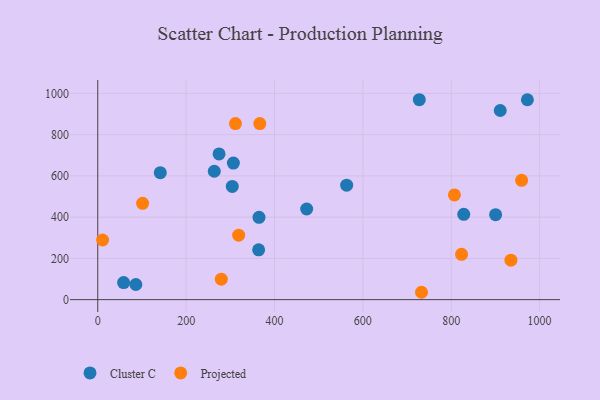
{"axis": {"x": "Price", "y": "Yield"}, "legend": ["Cluster C", "Projected"], "data": [{"x": "910.9", "y": 916.9, "type": "Cluster C"}, {"x": "263.7", "y": 622.4, "type": "Cluster C"}, {"x": "304.4", "y": 548.6, "type": "Cluster C"}, {"x": "306.9", "y": 662.1, "type": "Cluster C"}, {"x": "364.1", "y": 241.3, "type": "Cluster C"}, {"x": "86.2", "y": 73.3, "type": "Cluster C"}, {"x": "58.5", "y": 82.7, "type": "Cluster C"}, {"x": "274.5", "y": 706.4, "type": "Cluster C"}, {"x": "472.8", "y": 439.4, "type": "Cluster C"}, {"x": "141.5", "y": 615.7, "type": "Cluster C"}, {"x": "364.9", "y": 398.9, "type": "Cluster C"}, {"x": "727.7", "y": 969.1, "type": "Cluster C"}, {"x": "972.3", "y": 969.0, "type": "Cluster C"}, {"x": "563.3", "y": 554.9, "type": "Cluster C"}, {"x": "900.4", "y": 412.0, "type": "Cluster C"}, {"x": "828.3", "y": 413.6, "type": "Cluster C"}, {"x": "935.1", "y": 191.4, "type": "Projected"}, {"x": "959.2", "y": 578.5, "type": "Projected"}, {"x": "823.3", "y": 219.5, "type": "Projected"}, {"x": "311.6", "y": 853.7, "type": "Projected"}, {"x": "101.5", "y": 466.9, "type": "Projected"}, {"x": "11.0", "y": 289.2, "type": "Projected"}, {"x": "366.7", "y": 853.7, "type": "Projected"}, {"x": "279.6", "y": 99.2, "type": "Projected"}, {"x": "732.7", "y": 35.7, "type": "Projected"}, {"x": "318.9", "y": 312.6, "type": "Projected"}, {"x": "807.2", "y": 507.7, "type": "Projected"}]}